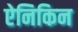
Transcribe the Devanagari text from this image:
ऐनिकिन